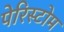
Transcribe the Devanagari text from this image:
पेरिस्टोम